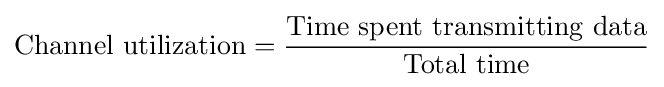
{\text{Channel utilization}}={\frac {\text{Time spent transmitting data}}{\text{Total time}}}